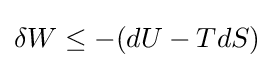
\delta W\leq -(dU-TdS)